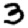
Digit: 3